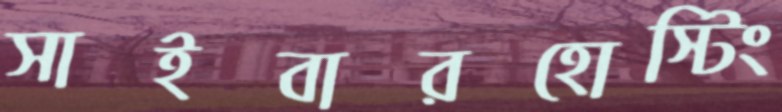
সাইবারহোস্টিং